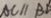
A C / / B D